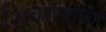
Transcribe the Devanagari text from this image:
शिवरायांच्या